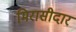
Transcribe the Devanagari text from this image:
मिरासीदार